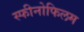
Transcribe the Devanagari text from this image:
स्फीनोफिलम